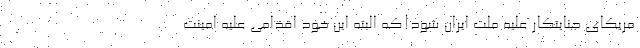
مریکای جنایتکار علیه ملت ایران شود!که البته این خود اقدامی علیه امینت